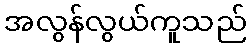
အလွန်လွယ်ကူသည်